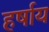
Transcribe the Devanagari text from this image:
हर्षाय